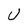
Character: U